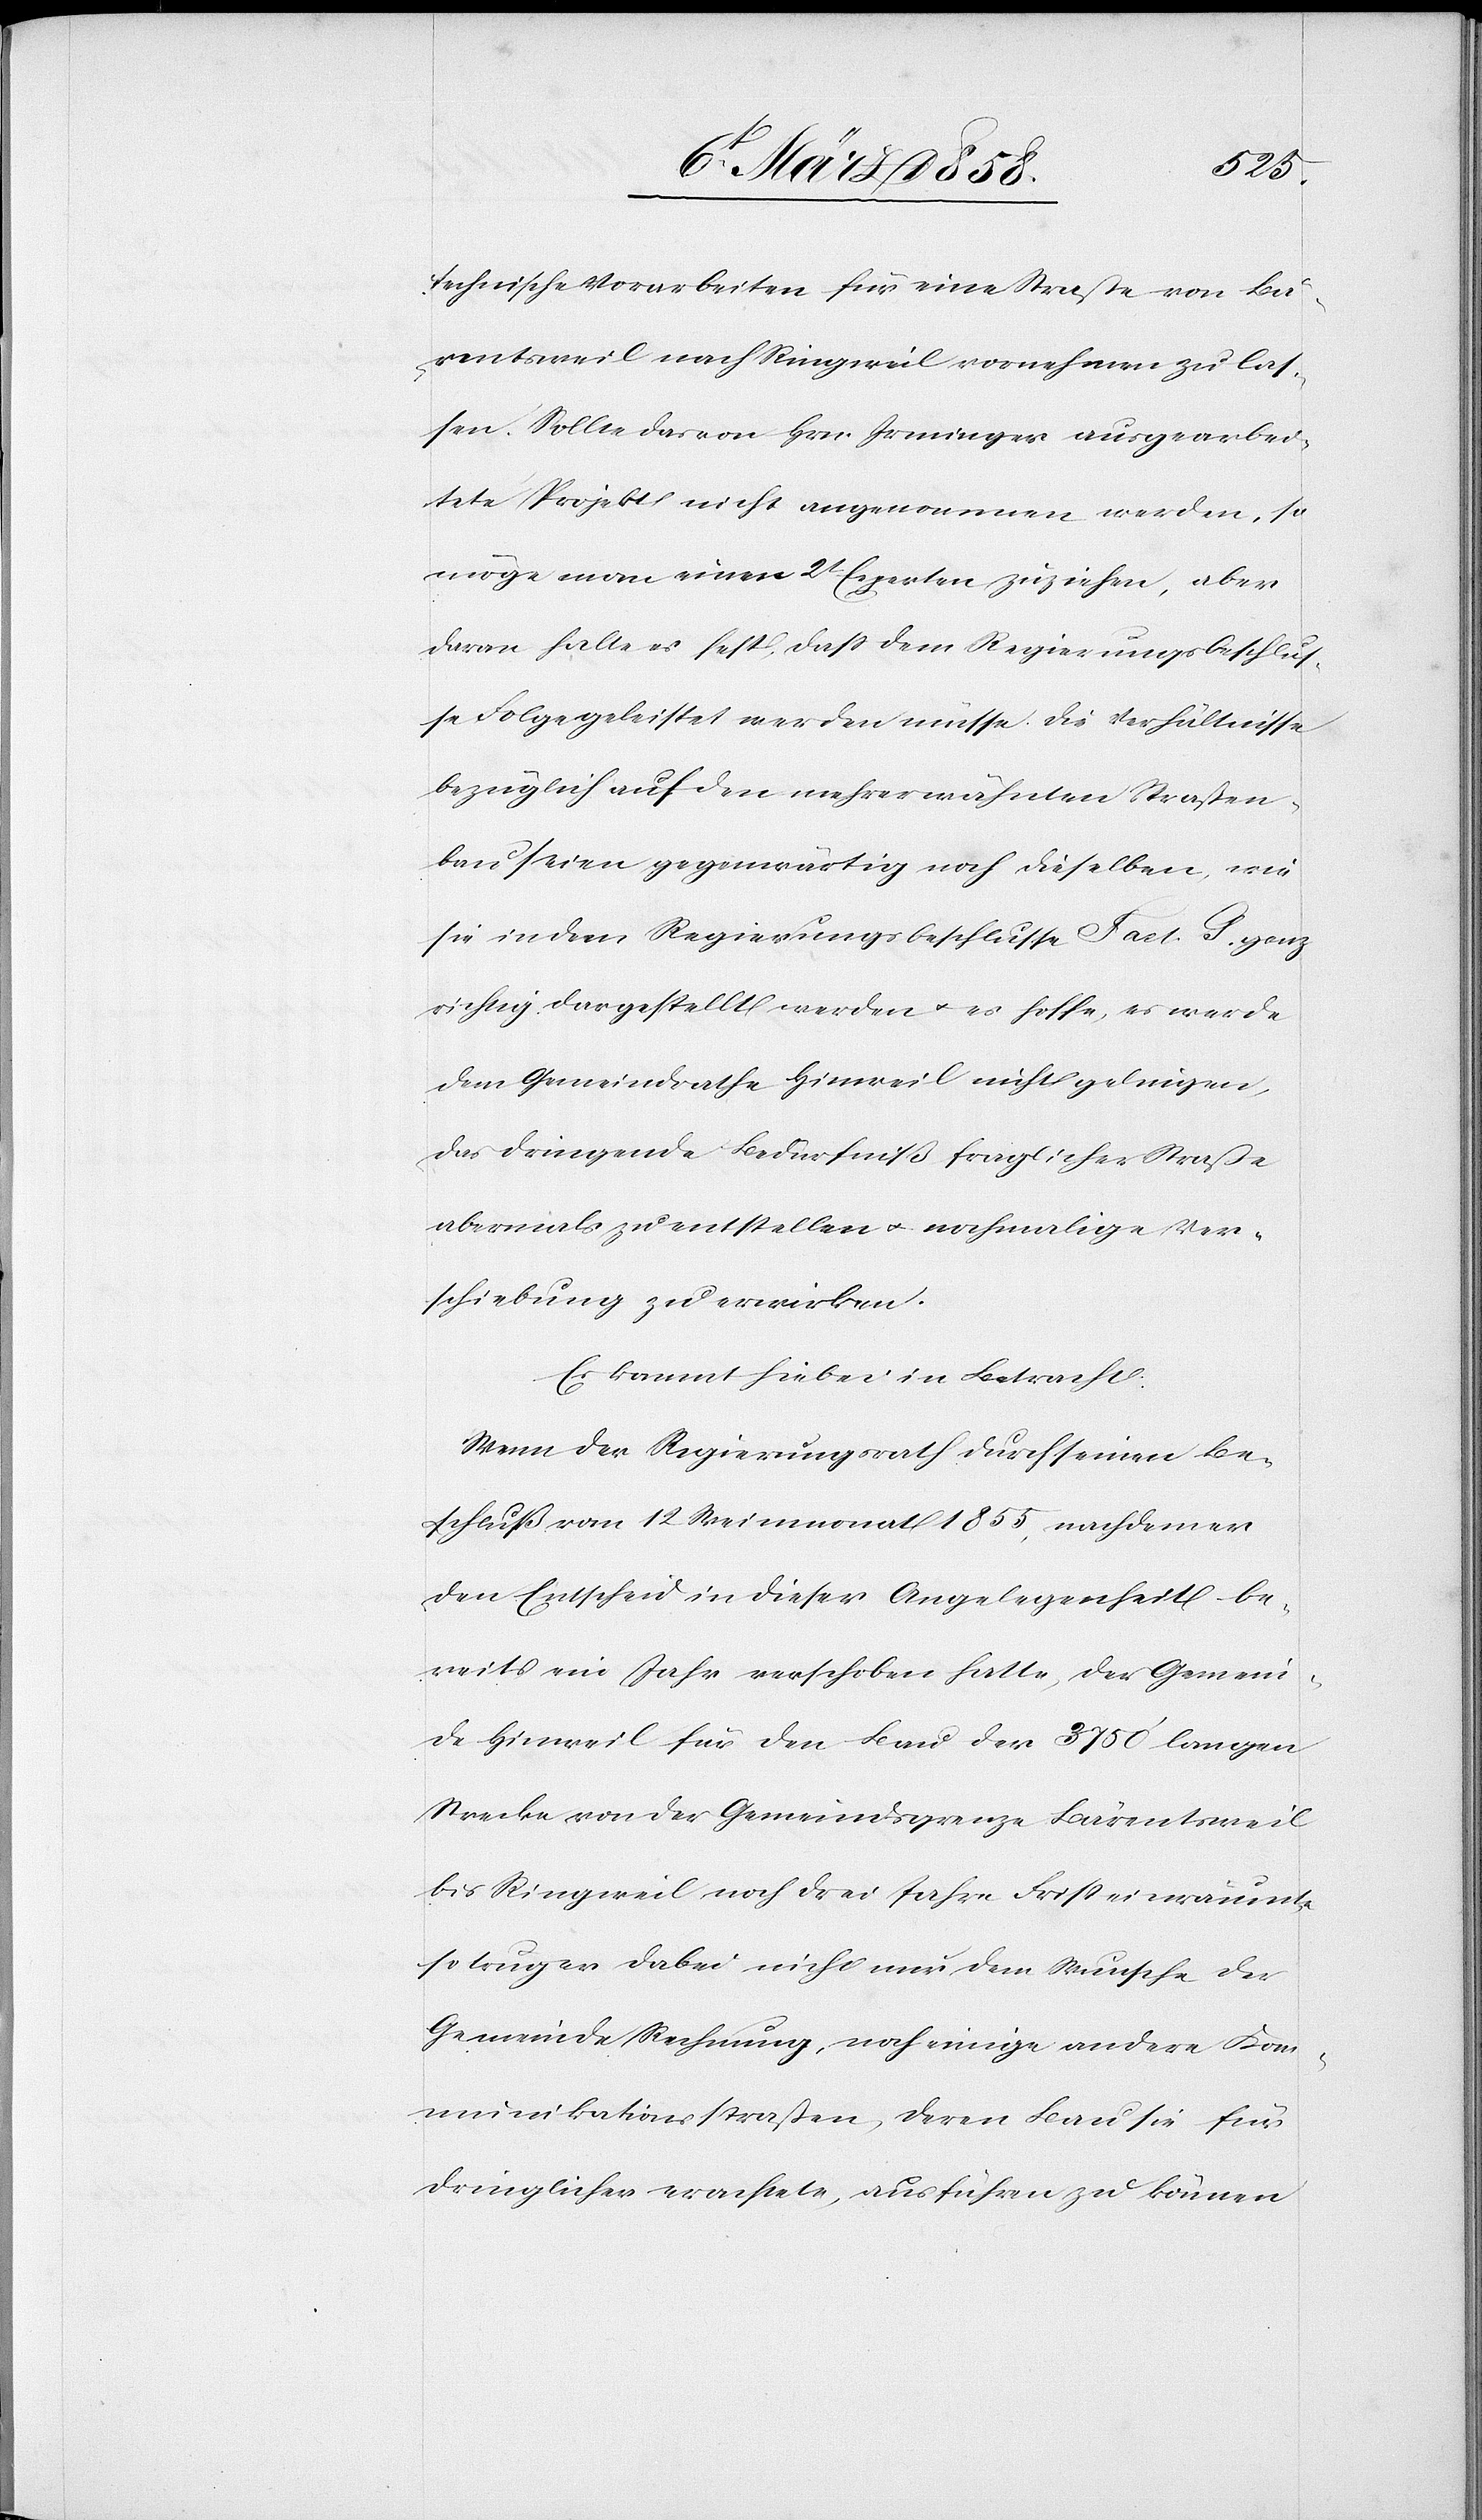
technische Vorarbeiten für eine Straße von Bä¬
rentsweil nach Ringweil vornehmen zu las¬
sen. Sollte das von Hrn. Irminger ausgearbei¬
tete Projekt nicht angenommen werden, so
möge man einen 2t Experten zuziehen, aber
daran halte es fest, daß dem Regierungsbeschlus¬
se Folge geleistet werden müsse. Die Verhältnisse
bezüglich auf den mehrerwähnten Straßen¬
bau seien gegenwärtig noch dieselben, wie
sie in dem Regierungsbeschlusse Fact. G ganz
richtig dargestellt werden u. es hoffe, es werde
dem Gemeindrathe Hinweil nicht gelingen,
das dringende Bedürfniß fraglicher Straße
abermals zu entstellen u. nochmalige Ver¬
schiebung zu erwirken.
Es kommt hiebei in Betracht:
Wenn der Regierungsrath durch seinen Be¬
schluß vom 12. Weinmonat 1855, nachdem er
den Entscheid in dieser Angelegenheit be¬
reits ein Jahr verschoben hatte, der Gemein¬
de Hinweil für den Bau der 3750’ langen
Strecke von der Gemeindsgrenze Bärentsweil
bis Ringweil noch drei Jahre Frist einräumte,
so trug er dabei nicht nur dem Wunsche der
Gemeinde Rechnung, noch einige andere Kom¬
munikationsstraßen, deren Bau sie für
dringlicher erachtete, ausführen zu können